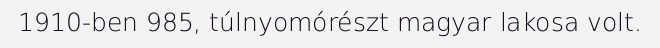
1910-ben 985, túlnyomórészt magyar lakosa volt.